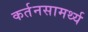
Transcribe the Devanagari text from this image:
कर्तनसामर्थ्य